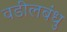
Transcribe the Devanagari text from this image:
वडीलबंधु